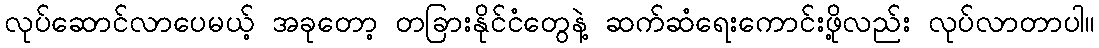
လုပ်ဆောင်လာပေမယ့် အခုတော့ တခြားနိုင်ငံတွေနဲ့ ဆက်ဆံရေးကောင်းဖို့လည်း လုပ်လာတာပါ။